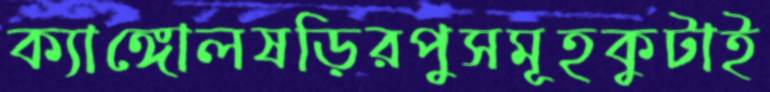
ক্যাঙ্গোলষড়িরপুসমূহকুটাই